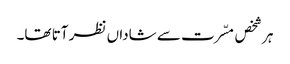
ہر شخص مسّرت سے شاداں نظر آتا تھا۔